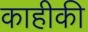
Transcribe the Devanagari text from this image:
काहीकी